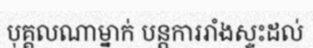
បុគ្គលណាម្នាក់ បន្តការរាំងស្ទះដល់